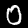
Label: 0